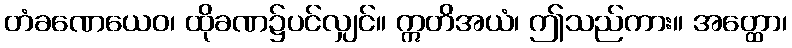
တံခဏေယေဝ၊ ထိုခဏ၌ပင်လျှင်။ ဣတိအယံ၊ ဤသည်ကား။ အတ္ထော၊